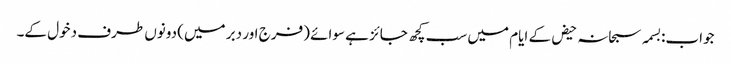
جواب:بسمہ سبحانہ حیض کے ایام میں سب کچھ جائز ہے سوائے (فرج اور دبر میں) دونوں طرف دخول کے۔